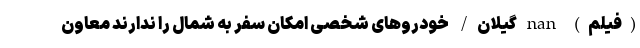
(فیلم) nan گیلان/ خودروهای شخصی امکان سفر به شمال را ندارند معاون